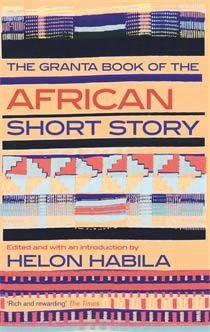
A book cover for The Granta Book of the African Short Story; Literature & Fiction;